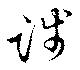
践